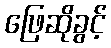
ဖြေဆိုခွင့်